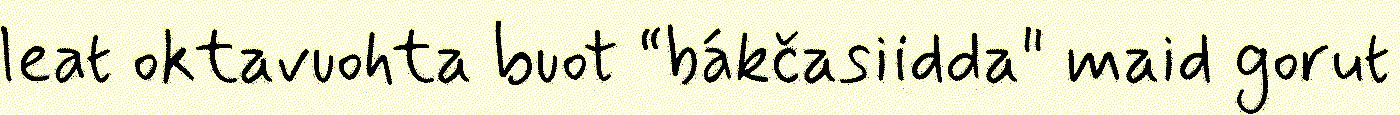
leat oktavuohta buot “bákčasiidda" maid gorut